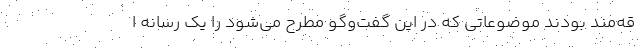
قه‌مند بودند موضوعاتی که در این گفت‌وگو مطرح می‌شود را یک رسانه ا